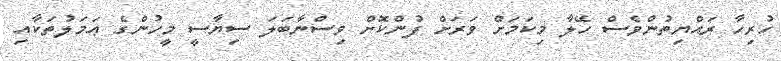
ހުރިހާ ރައްޔިތުންވެސް ހޭލާ މިކަމަށް ވަރަށް ފުންކޮށް ވިސްނާބަލަ ސިޔާސީ މީހުންގެ ޢަމަލުތަކާއި